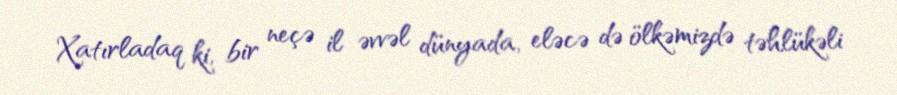
Xatırladaq ki, bir neçə il əvvəl dünyada, eləcə də ölkəmizdə təhlükəli